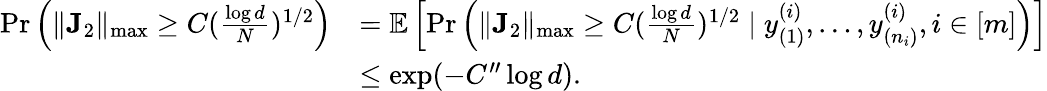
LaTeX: \begin{array}{rl}{\mathrm{Pr}\left(\| \mathbf{J}_{2}\| _{\operatorname*{max}}\geq C(\frac{\log d}{N})^{1/2}\right)}&{=\mathbb{E}\left[\mathrm{Pr}\left(\| \mathbf{J}_{2}\| _{\operatorname*{max}}\geq C(\frac{\log d}{N})^{1/2}\mid y_{(1)}^{(i)},\dots,y_{(n_{i})}^{(i)},i\in[m]\right)\right]}\\ &{\leq\exp(-C^{\prime\prime}\log d).}\end{array}